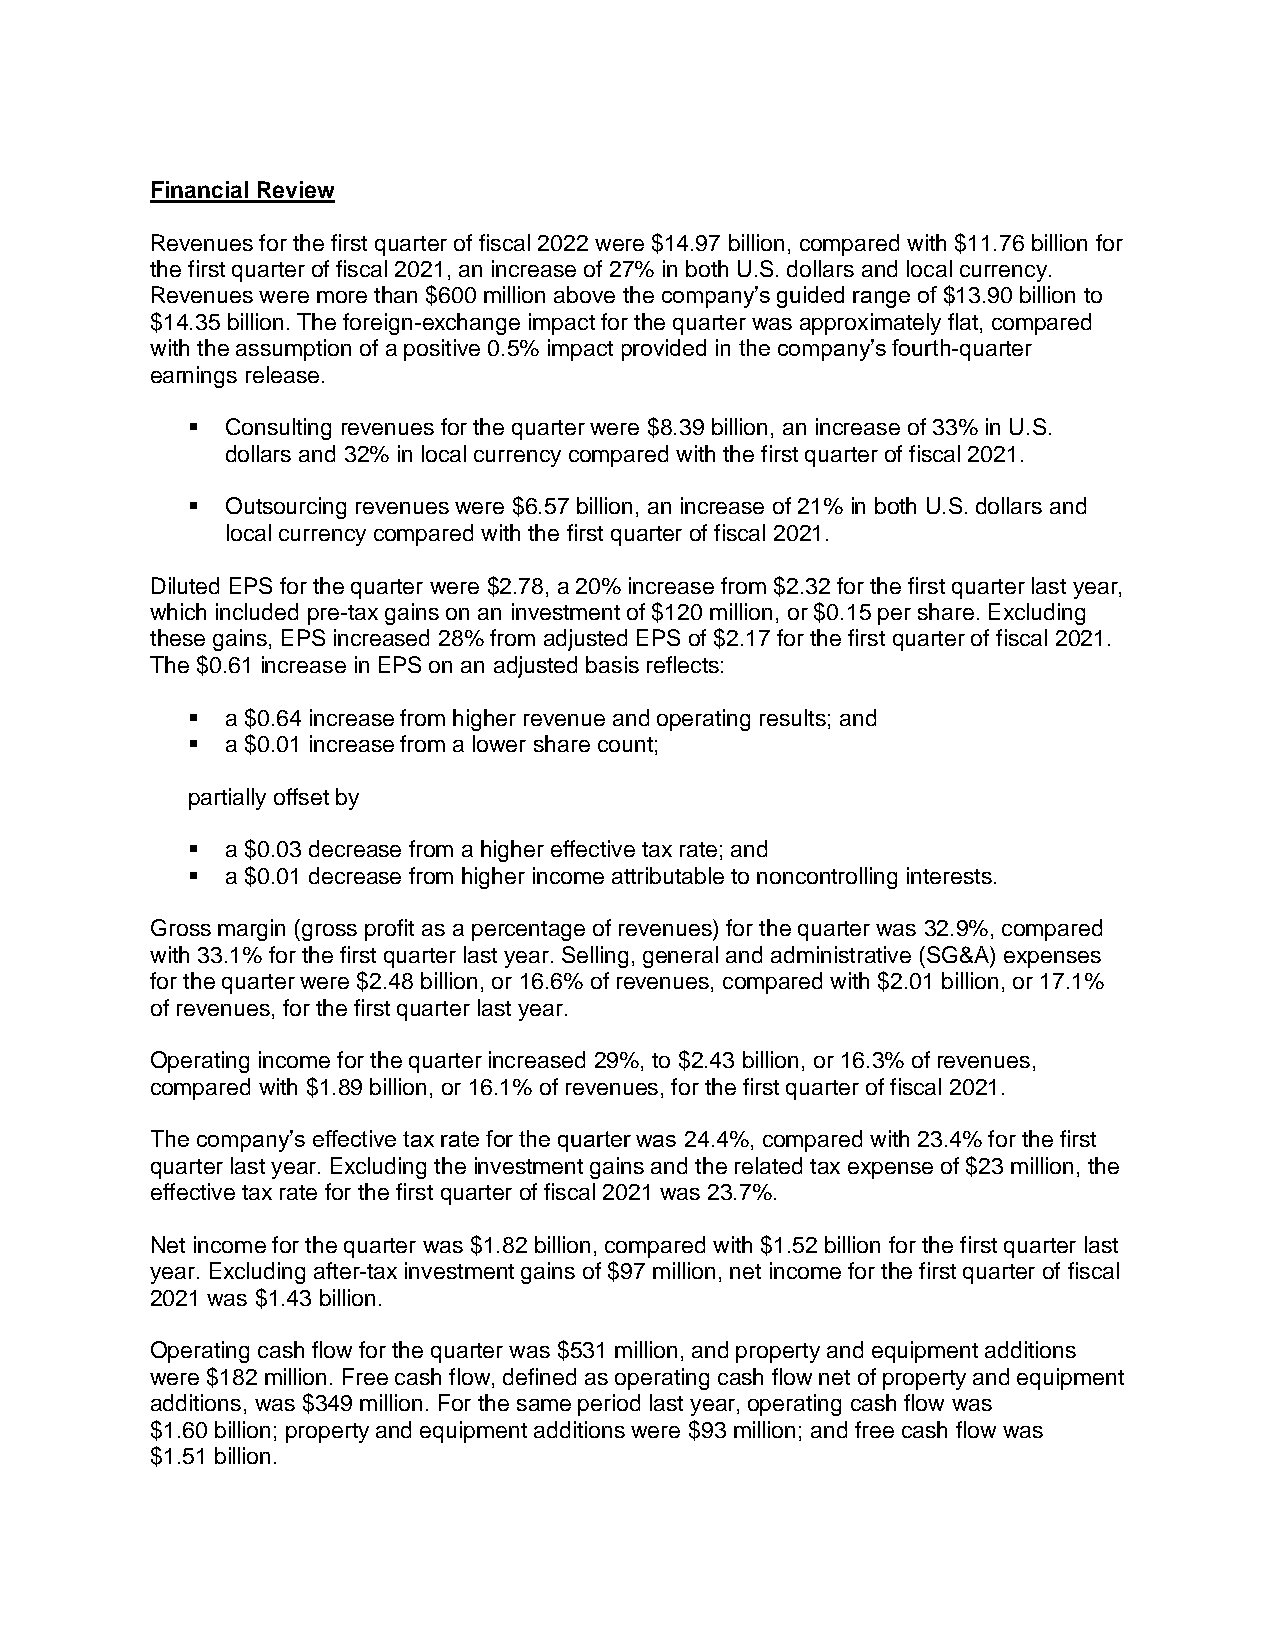
Financial Review
 Revenues for the first quarter of fiscal 2022 were $14.97 billion, compared with $11.76 billion for
 the first quarter of fiscal 2021, an increase of 27% in both U.S. dollars and local currency.
 Revenues were more than $600 million above the company’s guided range of $13.90 billion to
 $14.35 billion. The foreign-exchange impact for the quarter was approximately flat, compared
 with the assumption of a positive 0.5% impact provided in the company’s fourth-quarter
 earnings release.
 ▪  Consulting revenues for the quarter were $8.39 billion, an increase of 33% in U.S.
 dollars and 32% in local currency compared with the first quarter of fiscal 2021.
 ▪  Outsourcing revenues were $6.57 billion, an increase of 21% in both U.S. dollars and
 local currency compared with the first quarter of fiscal 2021.
 Diluted EPS for the quarter were $2.78, a 20% increase from $2.32 for the first quarter last year,
 which included pre-tax gains on an investment of $120 million, or $0.15 per share. Excluding
 these gains, EPS increased 28% from adjusted EPS of $2.17 for the first quarter of fiscal 2021.
 The $0.61 increase in EPS on an adjusted basis reflects:
 ▪  a $0.64 increase from higher revenue and operating results; and
 ▪  a $0.01 increase from a lower share count;
 partially offset by
 ▪  a $0.03 decrease from a higher effective tax rate; and
 ▪  a $0.01 decrease from higher income attributable to noncontrolling interests.
 Gross margin (gross profit as a percentage of revenues) for the quarter was 32.9%, compared
 with 33.1% for the first quarter last year. Selling, general and administrative (SG&A) expenses
 for the quarter were $2.48 billion, or 16.6% of revenues, compared with $2.01 billion, or 17.1%
 of revenues, for the first quarter last year.
 Operating income for the quarter increased 29%, to $2.43 billion, or 16.3% of revenues,
 compared with $1.89 billion, or 16.1% of revenues, for the first quarter of fiscal 2021.
 The company’s effective tax rate for the quarter was 24.4%, compared with 23.4% for the first
 quarter last year. Excluding the investment gains and the related tax expense of $23 million, the
 effective tax rate for the first quarter of fiscal 2021 was 23.7%.
 Net income for the quarter was $1.82 billion, compared with $1.52 billion for the first quarter last
 year. Excluding after-tax investment gains of $97 million, net income for the first quarter of fiscal
 2021 was $1.43 billion.
 Operating cash flow for the quarter was $531 million, and property and equipment additions
 were $182 million. Free cash flow, defined as operating cash flow net of property and equipment
 additions, was $349 million. For the same period last year, operating cash flow was
 $1.60 billion; property and equipment additions were $93 million; and free cash flow was
 $1.51 billion.